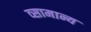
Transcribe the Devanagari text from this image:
व्सामान्य